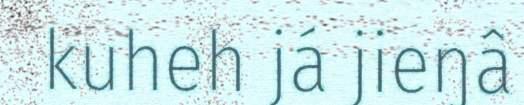
kuheh já jieŋâ